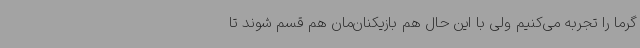
گرما را تجربه می‌کنیم ولی با این حال هم بازیکنان‌مان هم قسم شوند تا